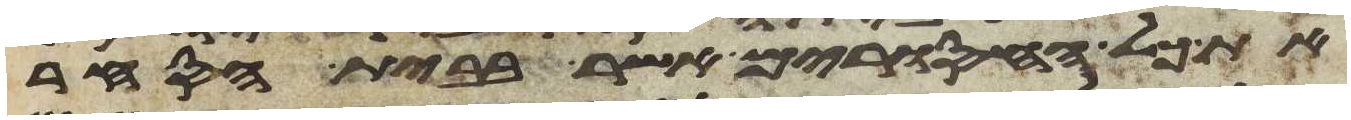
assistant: את כל האסורים אשר בבית הסחר